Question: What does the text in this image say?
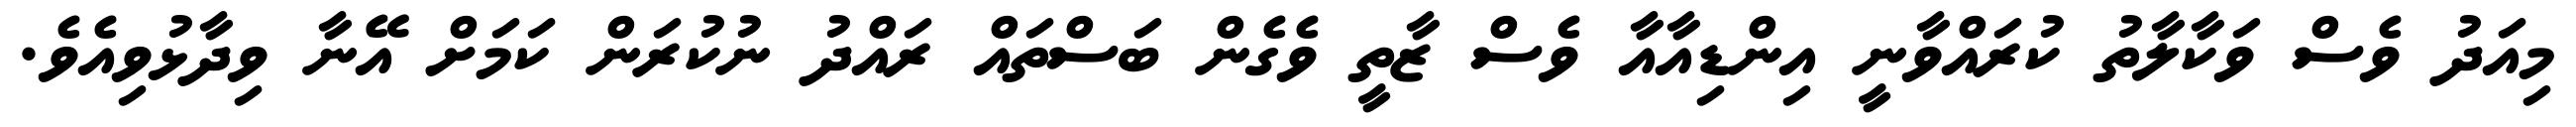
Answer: މިއަދު ވެސް ވަކާލާތު ކުރައްވާނީ އިންޑިއާއާ ވެސް ޒާތީ ވެގެން ބަސްތައް ރައްދު ނުކުރަން ކަމަށް އޭނާ ވިދާޅުވިއެވެ.